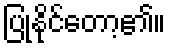
ပြုနိုင်တော့၏။